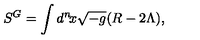
S ^ { G } = \int d ^ { n } \! x \sqrt { - g } ( R - 2 \Lambda ) ,